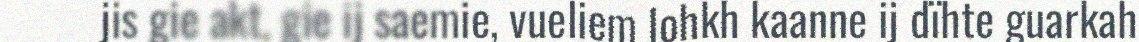
jis gie akt, gie ij saemie, vueliem lohkh kaanne ij dïhte guarkah